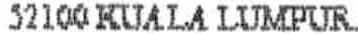
52100 KUALA LUMPUR